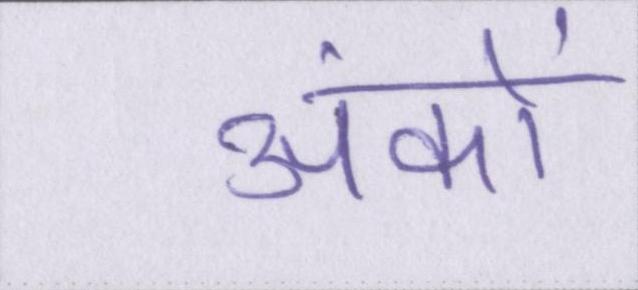
अंकों